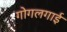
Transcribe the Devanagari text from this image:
गोगलगाई